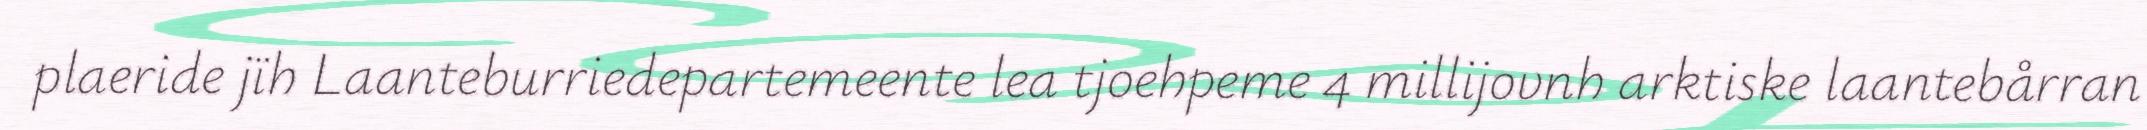
plaeride jïh Laanteburriedepartemeente lea tjoehpeme 4 millijovnh arktiske laantebårran